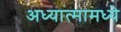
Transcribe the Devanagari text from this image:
अध्यात्मामध्ये